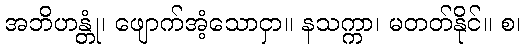
အဘိဟန္တုံ၊ ဖျောက်အံ့သောငှာ။ နသက္ကာ၊ မတတ်နိုင်။ စ၊